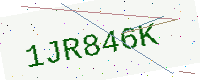
Text: 1JR846K